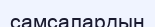
самсалардың